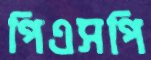
পিএসপি